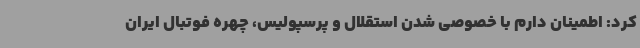
کرد: اطمینان دارم با خصوصی شدن استقلال و پرسپولیس، چهره فوتبال ایران